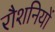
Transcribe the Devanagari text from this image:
रौशनियों